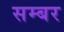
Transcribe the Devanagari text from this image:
सम्बर